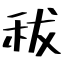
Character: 秡